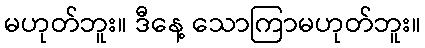
မဟုတ်ဘူး။ ဒီနေ့ သောကြာမဟုတ်ဘူး။